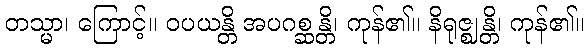
တသ္မာ၊ ကြောင့်။ ဝပယန္တိ အပဂစ္ဆန္တိ၊ ကုန်၏။ နိရုဇ္ဈန္တိ၊ ကုန်၏။